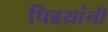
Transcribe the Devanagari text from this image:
पिढय़ांनी